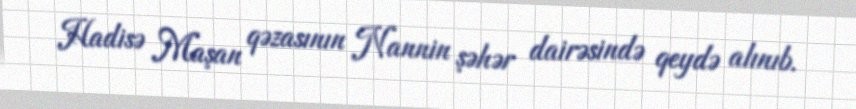
Hadisə Maşan qəzasının Nannin şəhər dairəsində qeydə alınıb.